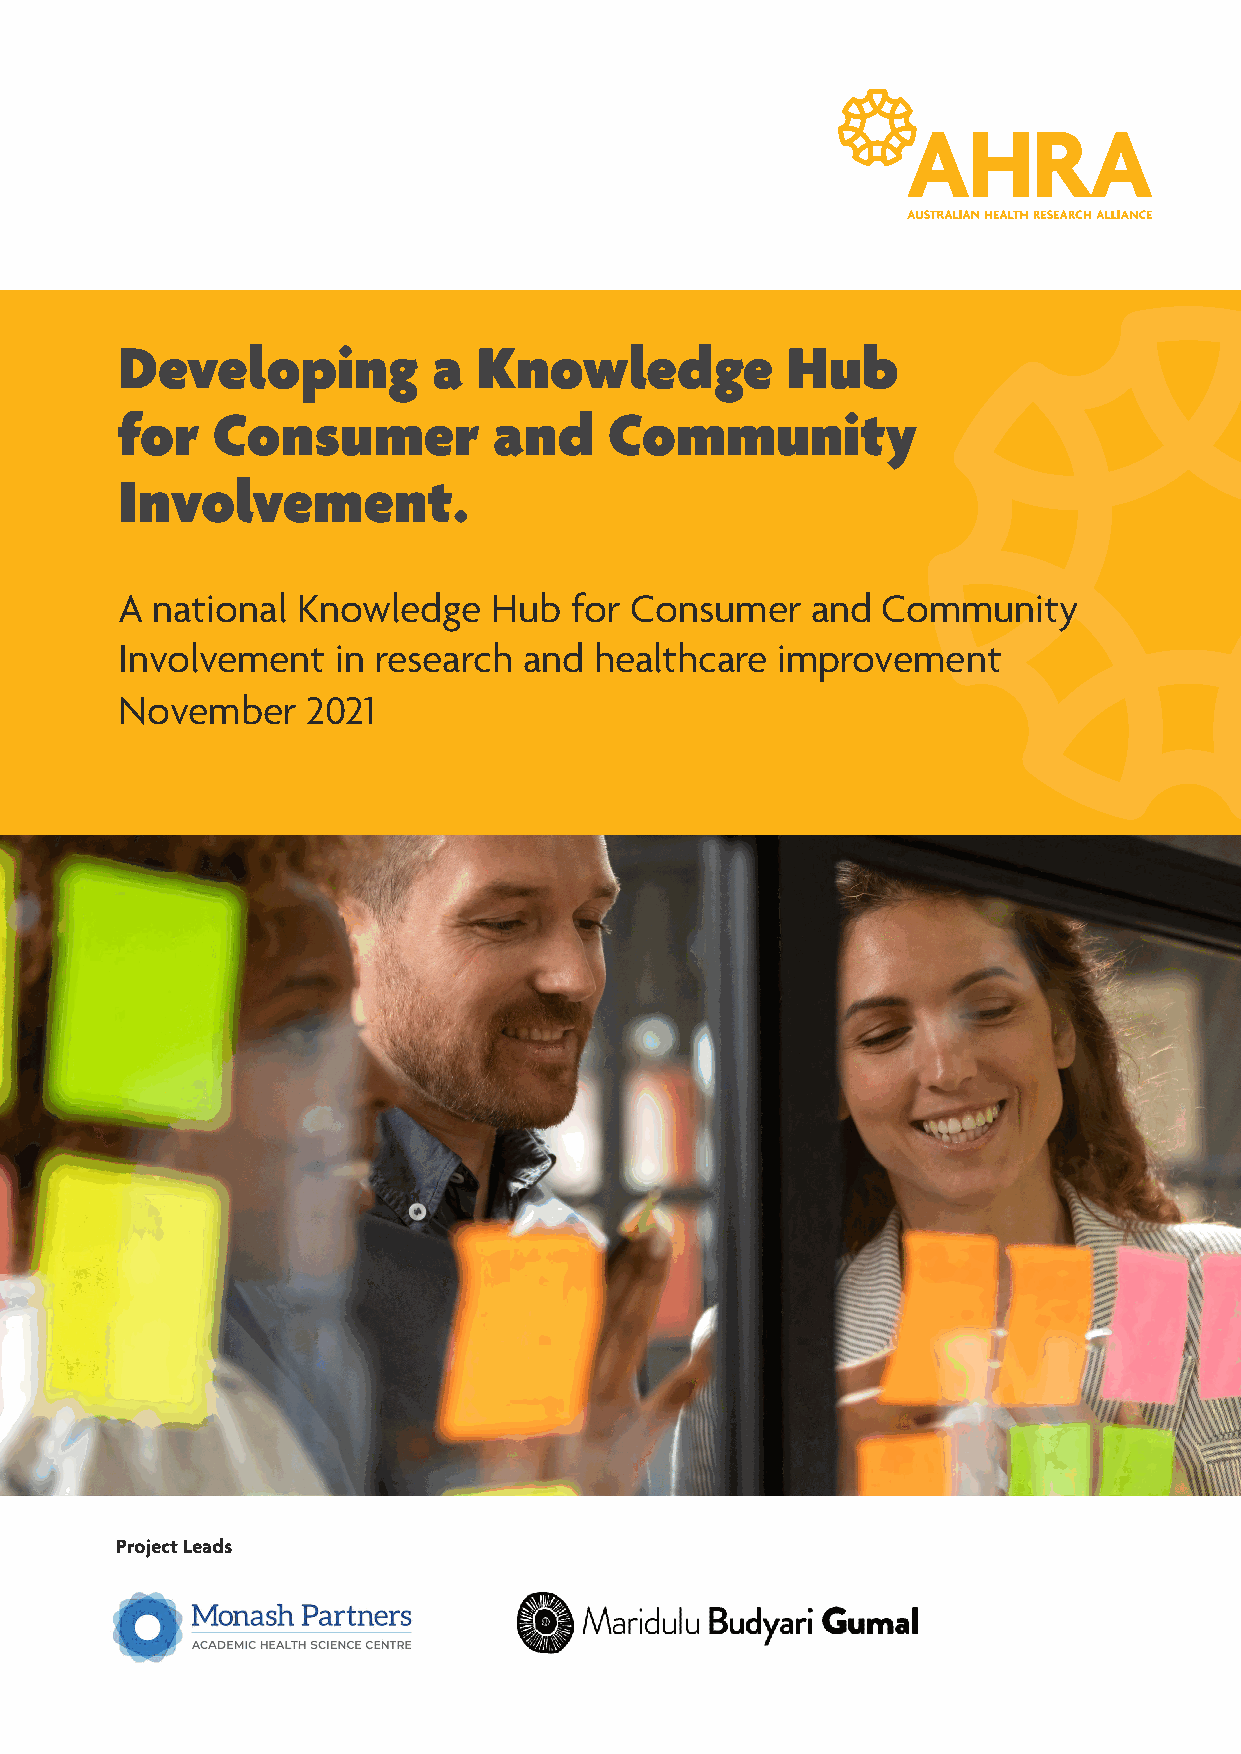
Developing           a  Knowledge           Hub
 for   Consumer           and    Community
 Involvement.
 A national  Knowledge    Hub  for Consumer    and Community
 Involvement   in research  and healthcare  improvement
 November    2021
 Project Leads